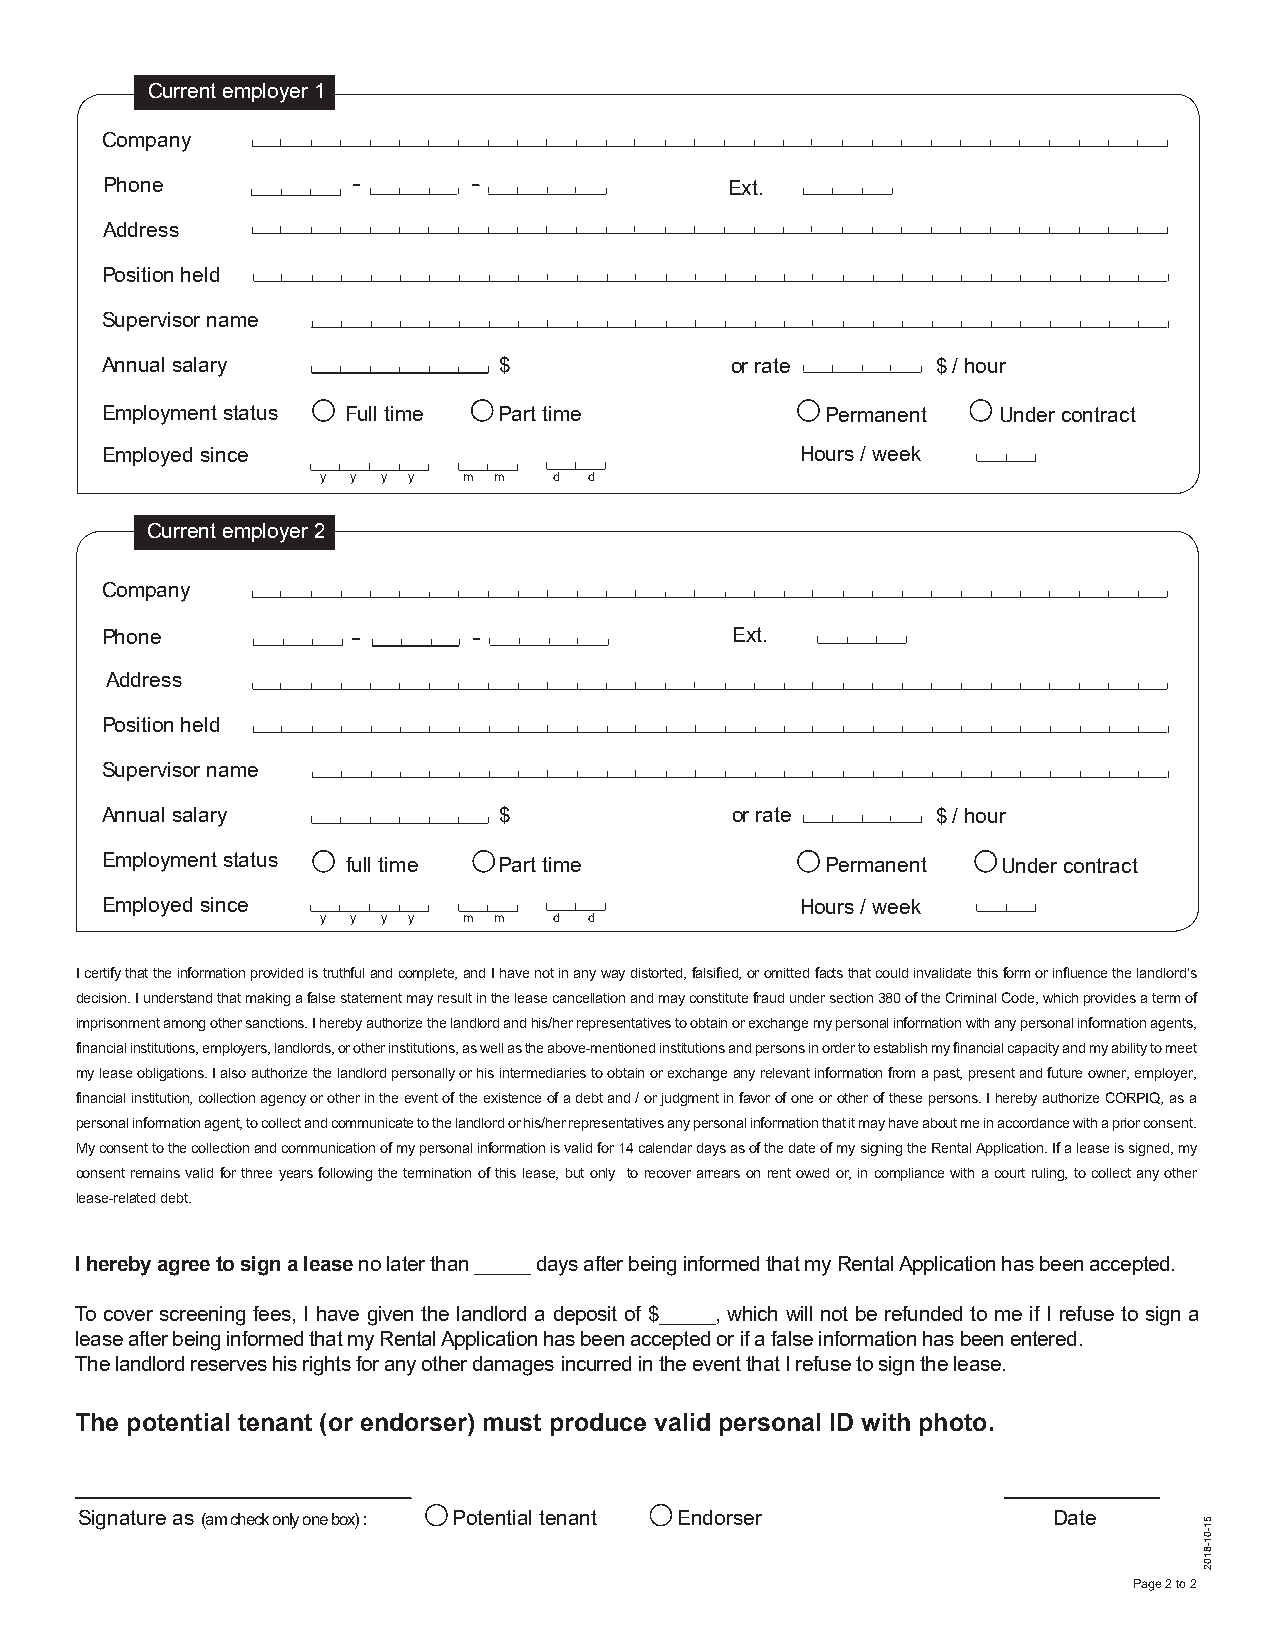
Current employer 1
 Company
 Phone                                    Ext.
 Address
 Position held
 Supervisor name
 Annual salary             $              or rate       $ / hour
 Employment status Full time Part time           Permanent  Under contract
 Employed since                                Hours / week
 y y y y   m m   d d
 Current employer 2
 Company
 Phone                                    Ext.
 Address
 Position held
 Supervisor name
 Annual salary             $              or rate       $ / hour
 Employment status full time Part time           Permanent  Under contract
 Employed since                                Hours / week
 y y y y   m m   d d
 I certify that the information provided is truthful and complete, and I have not in any way distorted, falsified, or omitted facts that could invalidate this form or influence the landlord’s
 decision. I understand that making a false statement may result in the lease cancellation and may constitute fraud under section 380 of the Criminal Code, which provides a term of
 imprisonment among other sanctions. I hereby authorize the landlord and his/her representatives to obtain or exchange my personal information with any personal information agents,
 financial institutions, employers, landlords, or other institutions, as well as the above-mentioned institutions and persons in order to establish my financial capacity and my ability to meet
 my lease obligations. I also authorize the landlord personally or his intermediaries to obtain or exchange any relevant information from a past, present and future owner, employer,
 financial institution, collection agency or other in the event of the existence of a debt and / or judgment in favor of one or other of these persons. I hereby authorize CORPIQ, as a
 personal information agent, to collect and communicate to the landlord or his/her representatives any personal information that it may have about me in accordance with a prior consent.
 My consent to the collection and communication of my personal information is valid for 14 calendar days as of the date of my signing the Rental Application. If a lease is signed, my
 consent remains valid for three years following the termination of this lease, but only to recover arrears on rent owed or, in compliance with a court ruling, to collect any other
 lease-related debt.
 I hereby agree to sign a lease no later than _____ days after being informed that my Rental Application has been accepted.
 To cover screening fees, I have given the landlord a deposit of $_____, which will not be refunded to me if I refuse to sign a
 lease after being informed that my Rental Application has been accepted or if a false information has been entered.
 The landlord reserves his rights for any other damages incurred in the event that I refuse to sign the lease.
 The potential tenant (or endorser) must produce valid personal ID with photo.
 Signature as (am check only one box) : Potential tenant Endorser Date
 Page 2 to 2
 51-01-8102